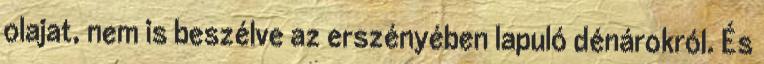
olajat, nem is beszélve az erszényében lapuló dénárokról. És